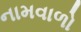
નામવાળો